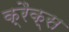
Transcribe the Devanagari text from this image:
क्रैक्स